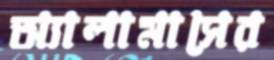
অ্যালামাসের